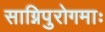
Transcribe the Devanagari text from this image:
साग्निपुरोगमाः